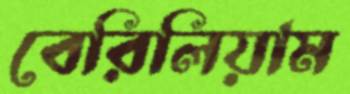
বেরিলিয়াম